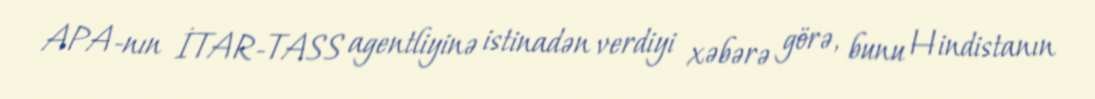
APA-nın İTAR-TASS agentliyinə istinadən verdiyi xəbərə görə, bunu Hindistanın